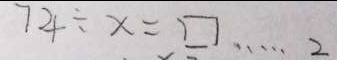
7 4 \div x = \square \cdots 2